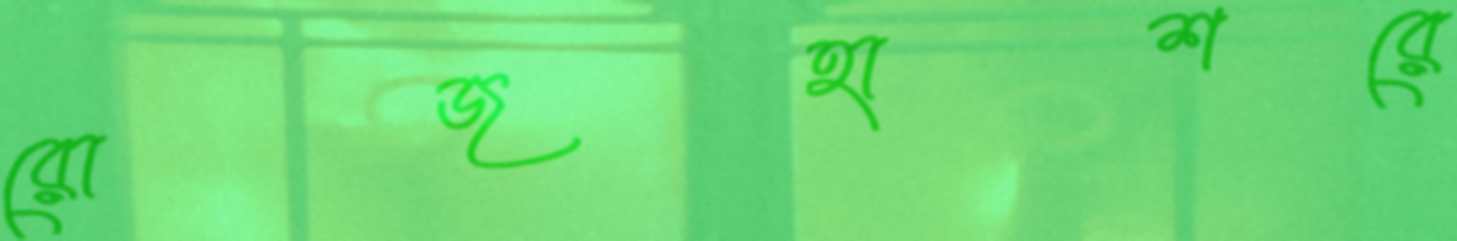
রোজহাশরে